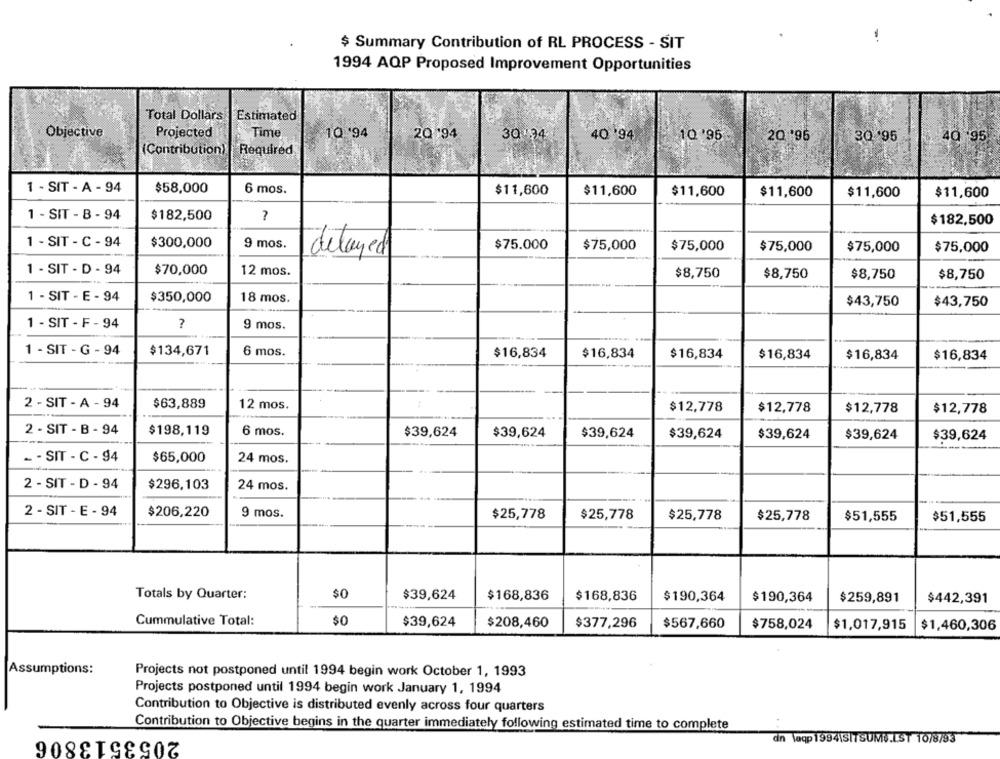
$ Summary Contribution of RL PROCESS - SIT
1994 AQP Proposed Improvement Opportunities
Total Dollars
Estimated
Objective
Projected
Time
1Q '94
20.94
30194
40 94
10'95
2Q '95
30 '95
40 95
(Contribution)
Required
1 - SIT - A - 94
$58,000
6 mos.
$11,600
$11,600
$11,600
$11,600
$11,600
$11,600
1 - SIT - B - 94
$182,500
7
$182,500
1 - SIT - C - 94
$300,000
9 mos.
$75.000
$75,000
$75,000
$75,000
$75,000
$75,000
delayed
1 - SIT - D - 94
$70,000
12 mos.
$8,750
$8,750
$8,750
$8,750
1 - SIT - E - 94
$350,000
18 mos
$43,750
$43,750
1 - SIT - F - 94
?
9 mos.
1 - SIT - G - 94
$134,671
6 mos.
$16,834
$16,834
$16,834
$16,834
$16,834
$16,834
2 - SIT - A - 94
$63,889
12 mos.
$12,778
$12,778
$12,778
$12,778
2 - SIT - B - 94
$198,119
6 mos.
$39,624
$39,624
$39,624
$39,624
$39,624
$39,624
$39,624
- - SIT - C - 94
$65,000
24 mos.
2 - SIT - D - 94
$296,103
24 mos.
2 - SIT - E - 94
$206,220
9 mos.
$25,778
$25,778
$25,778
$25,778
$51,555
$51,555
Totals by Quarter:
$0
$39,624
$168,836
$168,836
$190,364
$190,364
$259,891
$442,391
Cummulative Total:
$0
$39,624
$208,460
$377,296
$567,660
$758,024
$1,017,915
$1,460,306
Assumptions:
Projects not postponed until 1994 begin work October 1, 1993
Projects postponed until 1994 begin work January 1, 1994
Contribution to Objective is distributed evenly across four quarters
Contribution to Objective begins in the quarter immediately following estimated time to complete
2053513806
dn laqp 1994\SITSUM .. LST 10/8/93